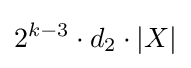
2^{k-3}\cdot d_{2}\cdot |X|